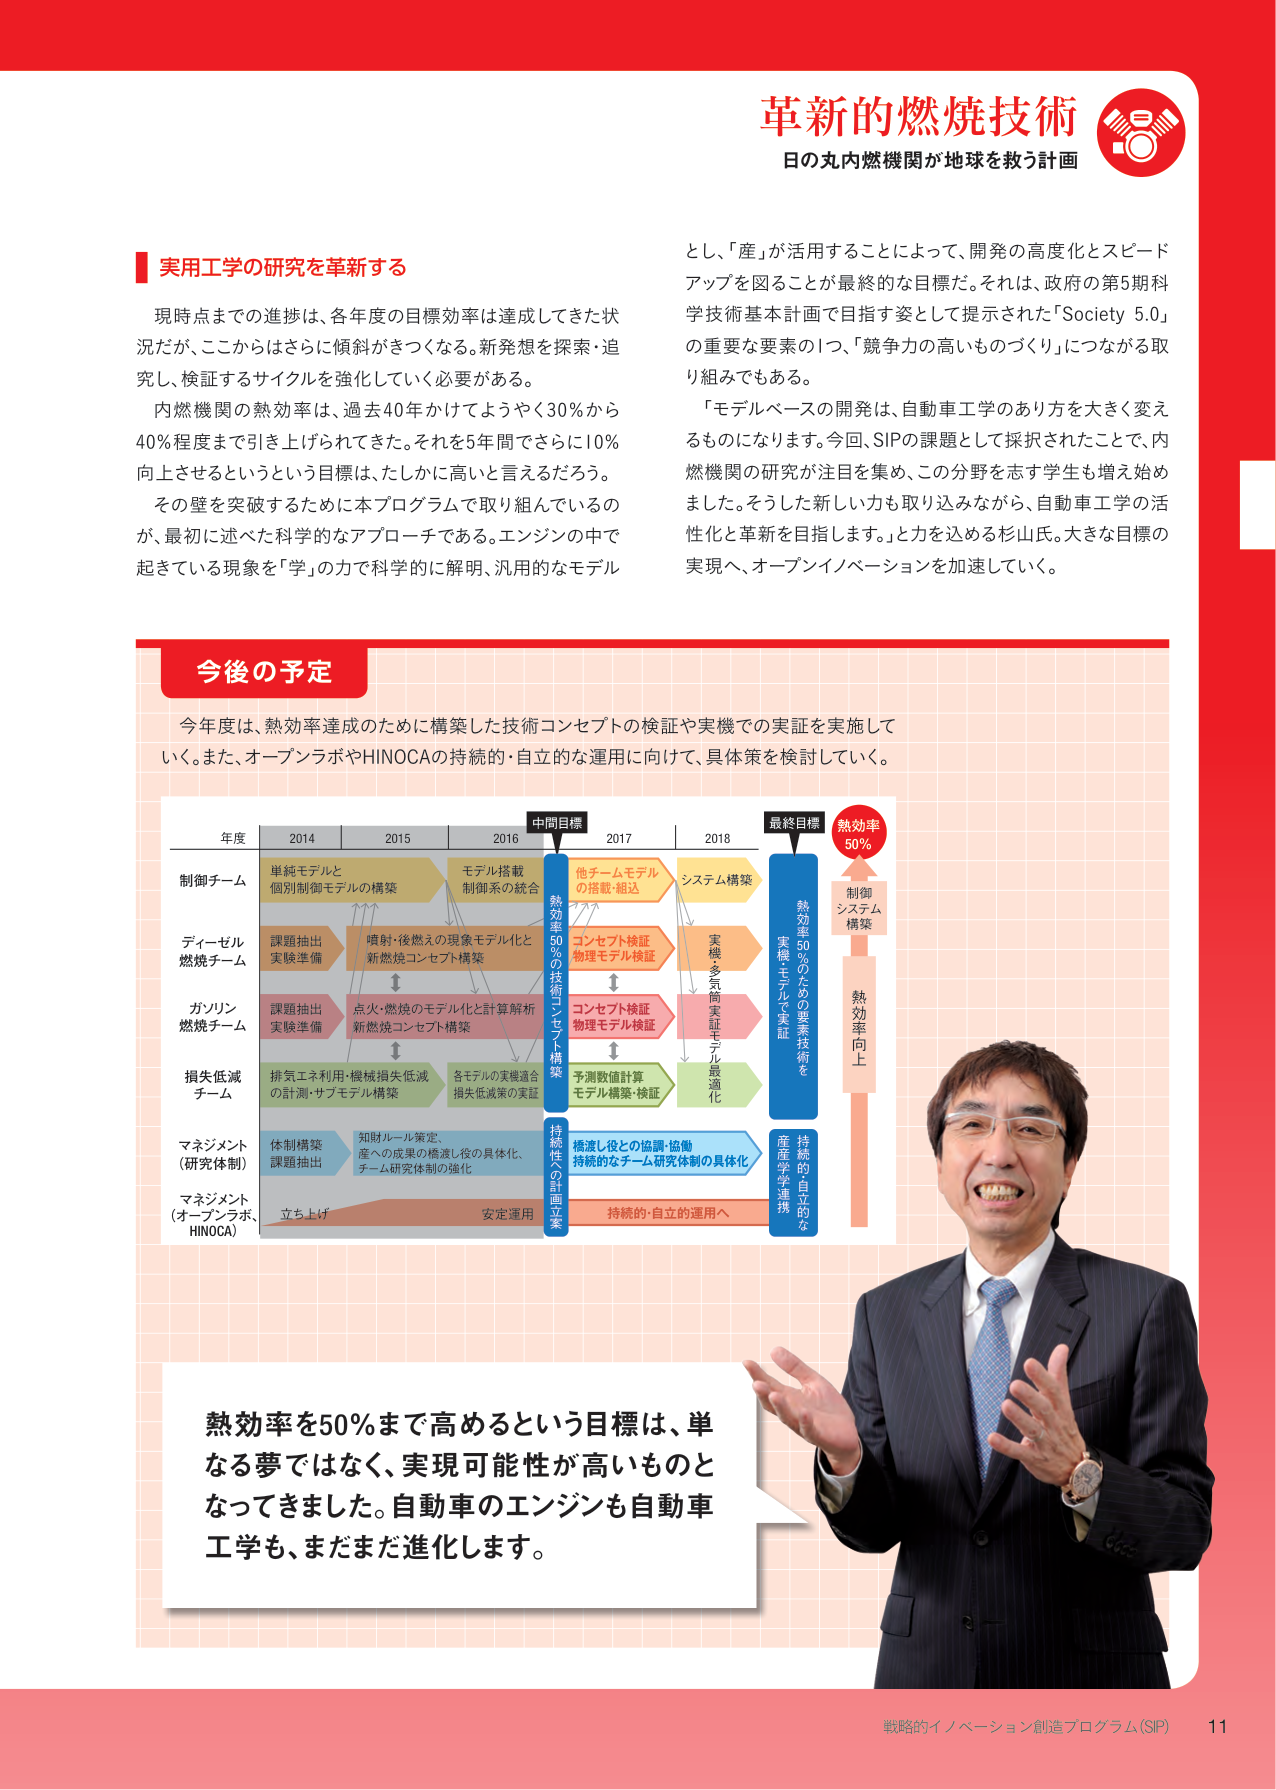
革新的燃焼技術
日の丸内燃機関が地球を救う計画

実用工学の研究を革新する
現時点までの進捗は、各年度の目標効率は達成してきた状況だが、ここからはさらに傾斜がきつくなる。新発想を探索・追究し、検証するサイクルを強化していく必要がある。
内燃機関の熱効率は、過去40年かけてようやく30％から40％程度まで引き上げられてきた。それを5年間でさらに10％向上させるというという目標は、たしかに高いと言えるだろう。
その壁を突破するために本プログラムで取り組んでいるのが、最初に述べた科学的なアプローチである。エンジンの中で起きている現象を「学」の力で科学的に解明、汎用的なモデル

とし、「産」が活用することによって、開発の高度化とスピードアップを図ることが最終的な目標だ。それは、政府の第5期科学技術基本計画で目指す姿として提示された「Society 5.0」の重要な要素の1つ、「競争力の高いものづくり」につながる取り組みでもある。
「モデルベースの開発は、自動車工学のあり方を大きく変えるものになります。今回、SIPの課題として採択されたことで、内燃機関の研究が注目を集め、この分野を志す学生も増え始めました。そうした新しい力も取り込みながら、自動車工学の活性化と革新を目指します。」と力を込める杉山氏。大きな目標の実現へ、オープンイノベーションを加速していく。

今後の予定
今年度は、熱効率達成のために構築した技術コンセプトの検証や実機での実証を実施していく。また、オープンラボやHINOCAの持続的・自立的な運用に向けて、具体策を検討していく。

年度　2014　2015　2016　2017　2018
制御チーム　単純モデルと個別制御モデルの構築　モデル搭載制御系の統合　他チームモデルの搭載・組込　システム構築
ディーゼル燃焼チーム　課題抽出実験準備　噴射・後燃えの現象モデル化と新燃焼コンセプト構築　コンセプト検証物理モデル検証　実機・多気筒実証モデル最適化
ガソリン燃焼チーム　課題抽出実験準備　点火・燃焼のモデル化と計算解析新燃焼コンセプト構築　コンセプト検証物理モデル検証
損失低減チーム　排気エネルギー利用・機械損失低減の計測・サブモデル構築　各モデルの実機適合損失低減策の実証　予測数値計算モデル構築・検証
マネジメント（研究体制）　体制構築課題抽出　知財ルール策定、産への成果の橋渡し役の具体化、チーム研究体制の強化　橋渡し役との協調・協働持続的なチーム研究体制の具体化
マネジメント（オープンラボ、HINOCOA）　立ち上げ　安定運用　持続的・自立的運用へ

中間目標
熱効率50％の技術コンセプト構築

最終目標
熱効率50％
制御システム構築
熱効率向上
実機・多気筒実証モデル最適化
熱効率50％のための要素技術を実機モデルで実証
持続的・自立的な産学連携

熱効率を50％まで高めるという目標は、単なる夢ではなく、実現可能性が高いものとなってきました。自動車のエンジンも自動車工学も、まだまだ進化します。

戦略的イノベーション創造プログラム（SIP） 11